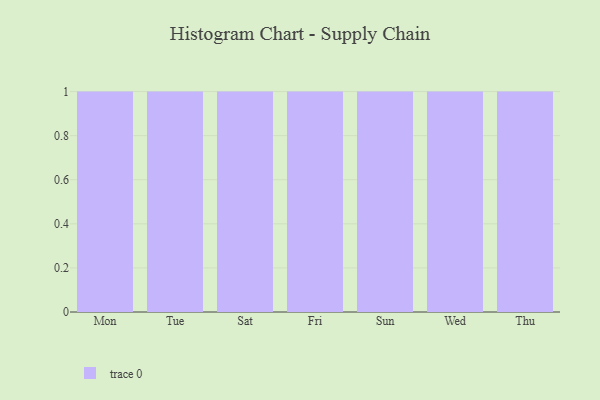
{"axis": {"x": "Day", "y": "Market Share (%)"}, "legend": [""], "data": [{"x": "Mon", "y": 41, "type": ""}, {"x": "Tue", "y": 18, "type": ""}, {"x": "Sat", "y": 64, "type": ""}, {"x": "Fri", "y": 43, "type": ""}, {"x": "Sun", "y": 37, "type": ""}, {"x": "Wed", "y": 82, "type": ""}, {"x": "Thu", "y": 100, "type": ""}]}